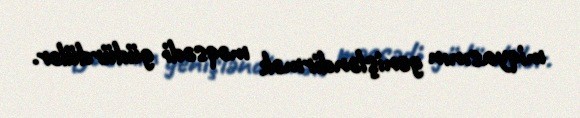
miqyasının genişləndirmək məqsədi güdürdülər.